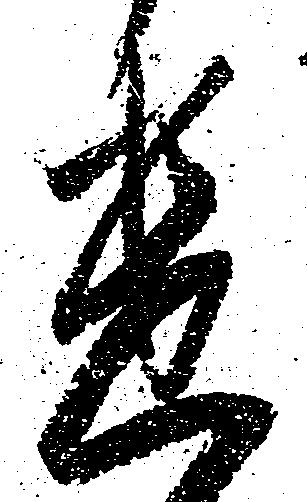
遣